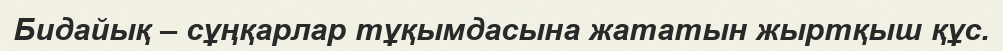
Бидайық – сұңқарлар тұқымдасына жататын жыртқыш құс.